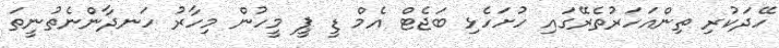
ހޭދަކުރި ތިންއަހަރުތެރޭގައި ހުށަހެޅި ބަޖެޓް އެމް ޑީ ޕީ މީހުން މިހާރު ހަނދާންނެތުނީތަ